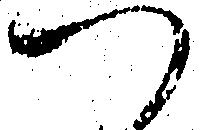
つ